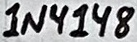
Text: 1N4148